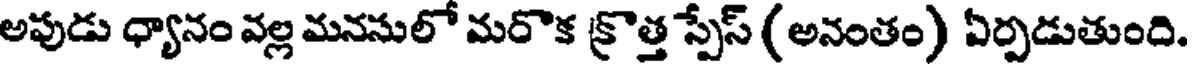
అపుడు ధ్యానం వల్ల మనసులో మరొక క్రొత్త స్పేస్ (అనంతం) ఏర్పడుతుంది.